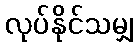
လုပ်နိုင်သမျှ